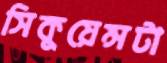
সিকুয়েন্সটা